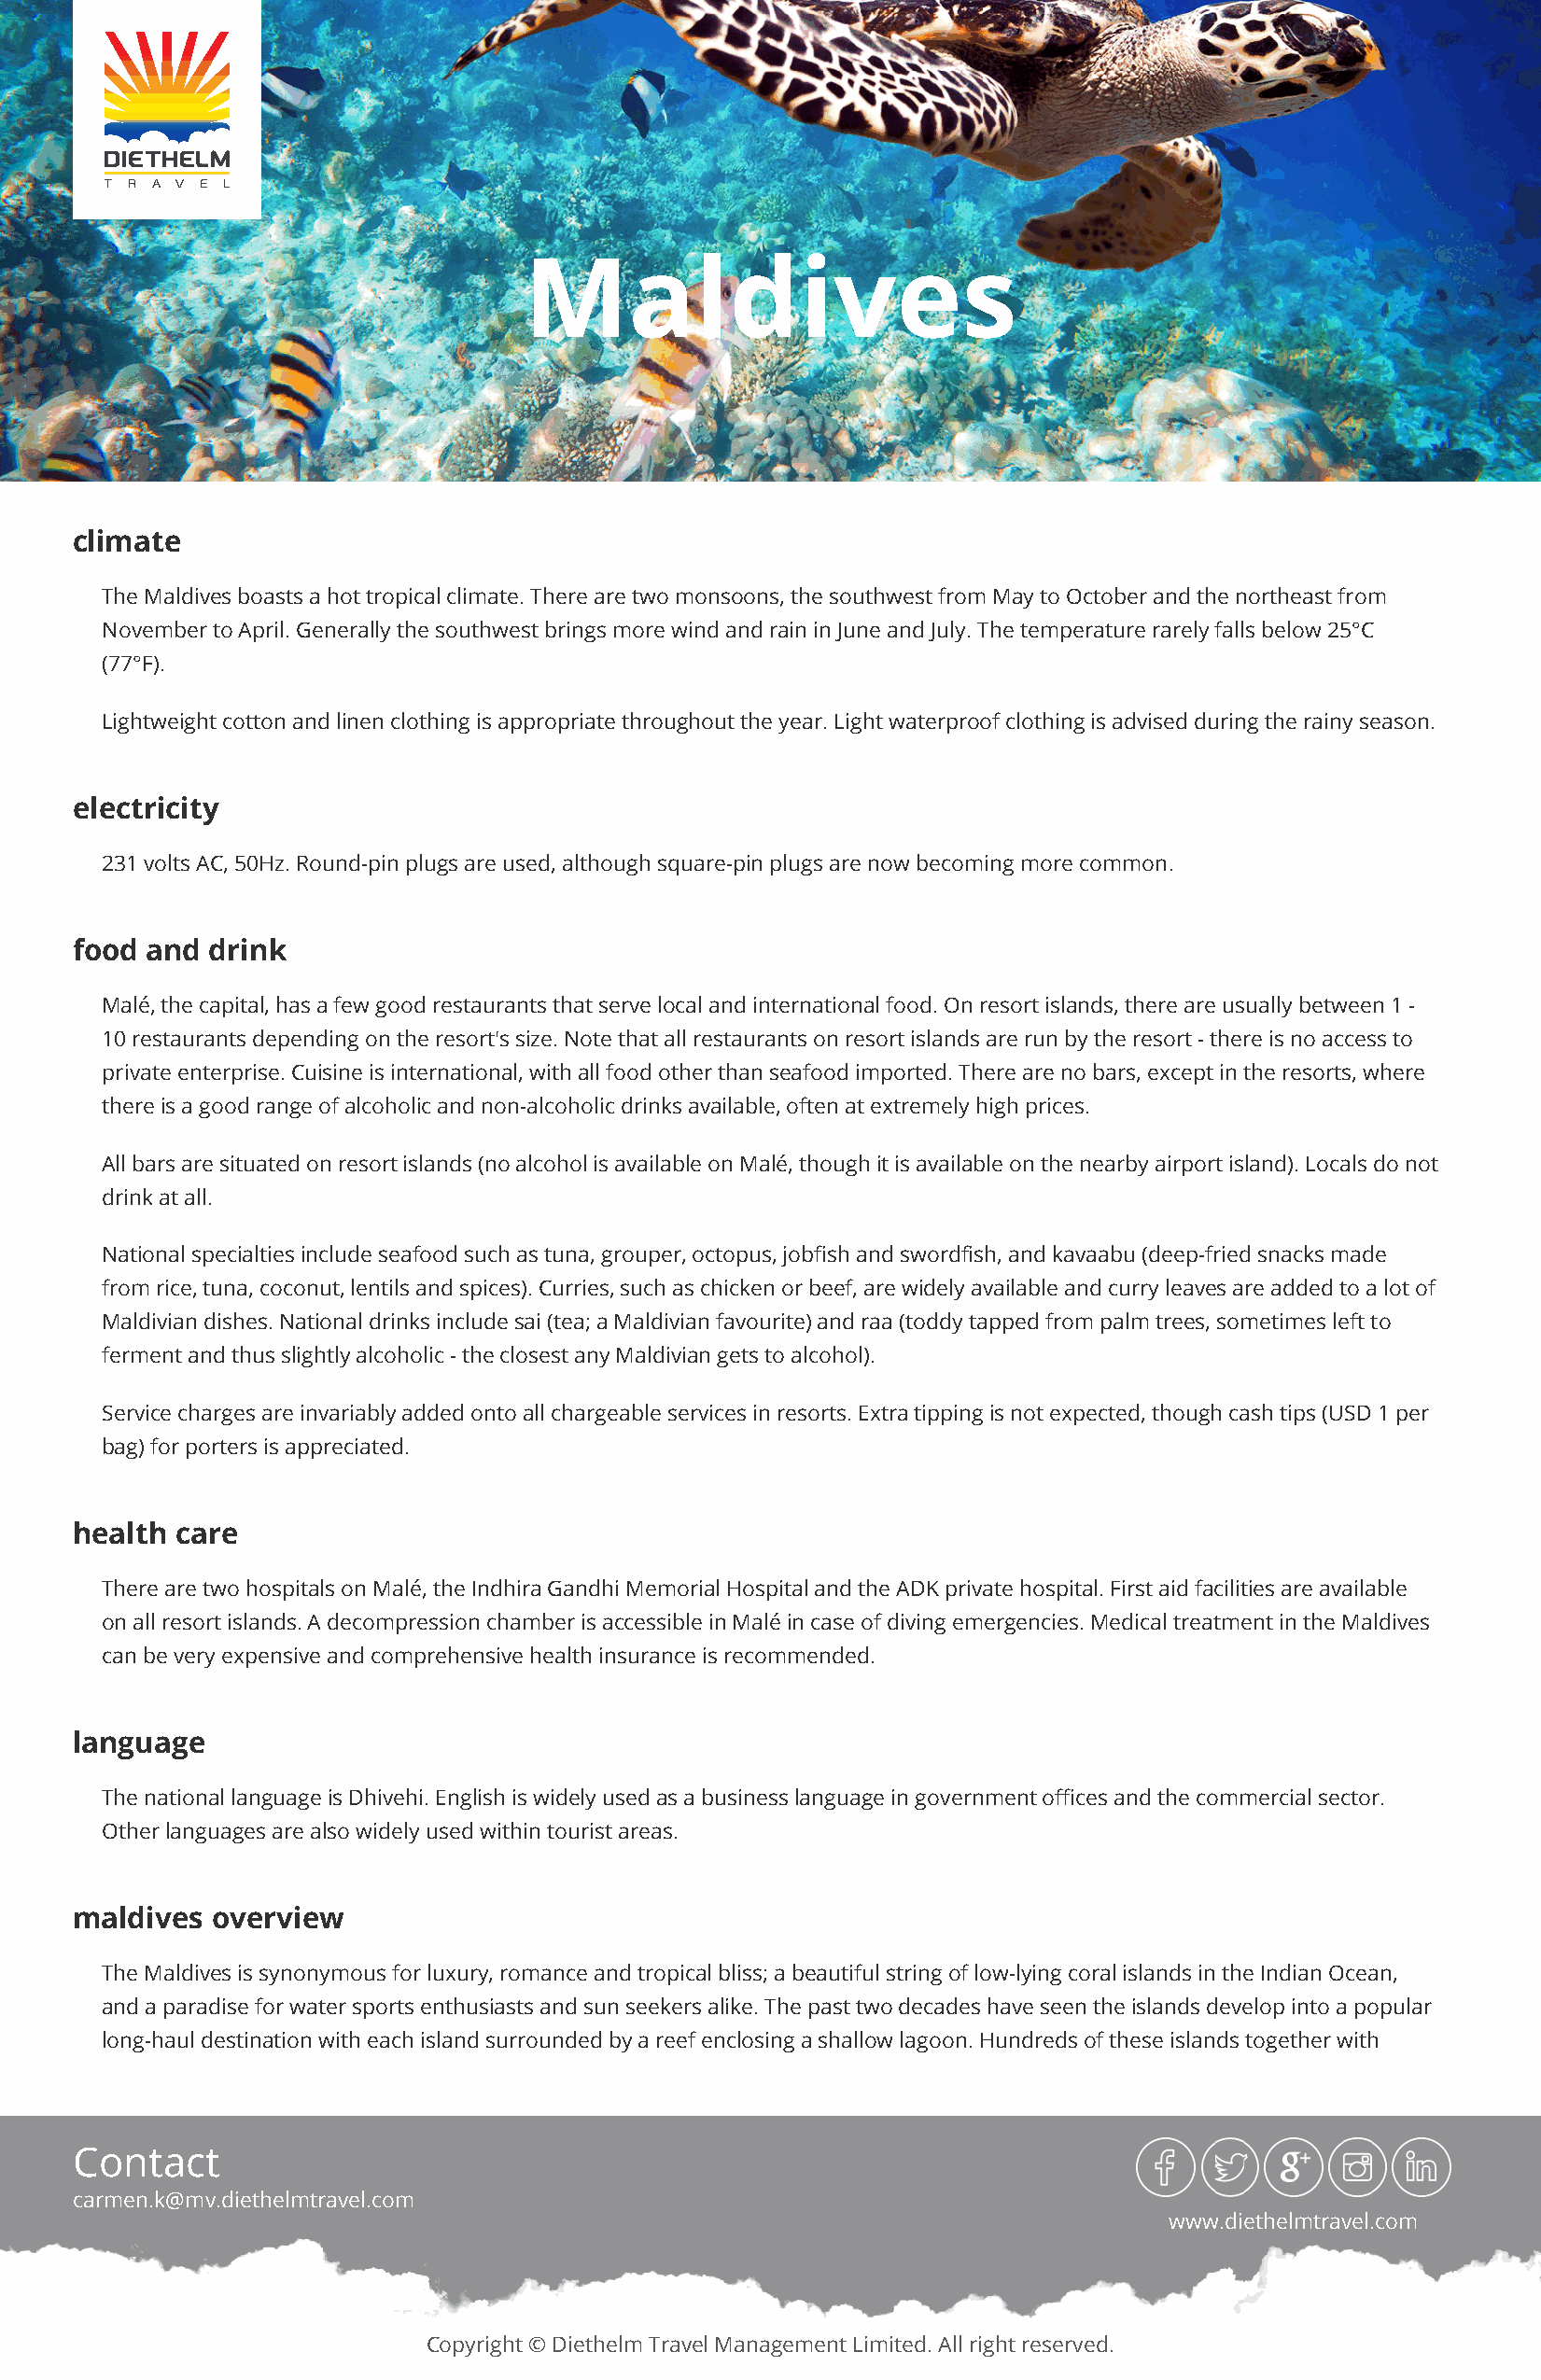
Maldives
 climate
 The Maldives boasts a hot tropical climate. There are two monsoons, the southwest from May to October and the northeast from
 November to April. Generally the southwest brings more wind and rain in June and July. The temperature rarely falls below 25°C
 (77°F).
 Lightweight cotton and linen clothing is appropriate throughout the year. Light waterproof clothing is advised during the rainy season.
 electricity
 231 volts AC, 50Hz. Round-pin plugs are used, although square-pin plugs are now becoming more common.
 food and  drink
 Malé, the capital, has a few good restaurants that serve local and international food. On resort islands, there are usually between 1 -
 10 restaurants depending on the resort's size. Note that all restaurants on resort islands are run by the resort - there is no access to
 private enterprise. Cuisine is international, with all food other than seafood imported. There are no bars, except in the resorts, where
 there is a good range of alcoholic and non-alcoholic drinks available, often at extremely high prices.
 All bars are situated on resort islands (no alcohol is available on Malé, though it is available on the nearby airport island). Locals do not
 drink at all.
 National specialties include seafood such as tuna, grouper, octopus, jobfish and swordfish, and kavaabu (deep-fried snacks made
 from rice, tuna, coconut, lentils and spices). Curries, such as chicken or beef, are widely available and curry leaves are added to a lot of
 Maldivian dishes. National drinks include sai (tea; a Maldivian favourite) and raa (toddy tapped from palm trees, sometimes left to
 ferment and thus slightly alcoholic - the closest any Maldivian gets to alcohol).
 Service charges are invariably added onto all chargeable services in resorts. Extra tipping is not expected, though cash tips (USD 1 per
 bag) for porters is appreciated.
 health care
 There are two hospitals on Malé, the Indhira Gandhi Memorial Hospital and the ADK private hospital. First aid facilities are available
 on all resort islands. A decompression chamber is accessible in Malé in case of diving emergencies. Medical treatment in the Maldives
 can be very expensive and comprehensive health insurance is recommended.
 language
 The national language is Dhivehi. English is widely used as a business language in government offices and the commercial sector.
 Other languages are also widely used within tourist areas.
 maldives  overview
 The Maldives is synonymous for luxury, romance and tropical bliss; a beautiful string of low-lying coral islands in the Indian Ocean,
 and a paradise for water sports enthusiasts and sun seekers alike. The past two decades have seen the islands develop into a popular
 long-haul destination with each island surrounded by a reef enclosing a shallow lagoon. Hundreds of these islands together with
 Contact
 carmen.k@mv.diethelmtravel.com
 www.diethelmtravel.com
 Copyright © Diethelm Travel Management Limited. All right reserved.